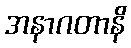
အနာဂတာနိ